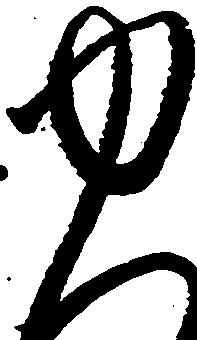
ゆ